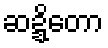
ဆဍ္ဍိတော